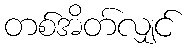
တစ်အိတ်လျှင်